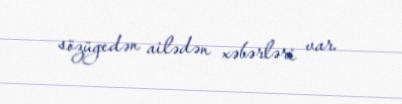
sözügedən ailədən xəbərləri var.